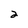
Character: 2